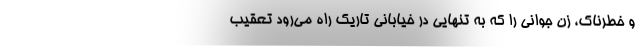
و خطرناک، زن جوانی را که به تنهایی در خیابانی تاریک راه می‌رود تعقیب